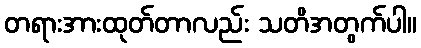
တရားအားထုတ်တာလည်း သတိအတွက်ပါ။